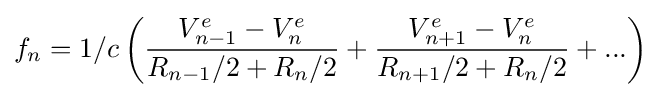
f_{n}=1/c\left({\frac {V_{n-1}^{e}-V_{n}^{e}}{R_{n-1}/2+R_{n}/2}}+{\frac {V_{n+1}^{e}-V_{n}^{e}}{R_{n+1}/2+R_{n}/2}}+...\right)